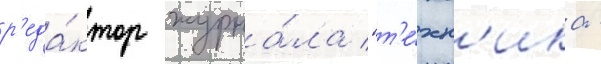
р'еда́ктор журна́ла "т'е́хн'ика -